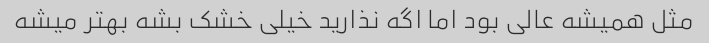
مثل همیشه عالی بود اما اگه نذارید خیلی خشک بشه بهتر میشه